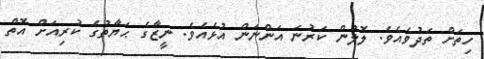
ހިތަށް ތަދުވެއެވެ. ލޮލުން ކަރުނަ އަންނަން އުޅެއެވެ. ނީޒާގެ ޙަޔާތުގެ ކުރިއަށް އޮތް